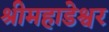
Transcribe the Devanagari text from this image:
श्रीमहाडेश्वर